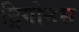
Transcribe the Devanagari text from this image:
ट्रिगोनस